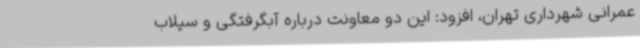
عمرانی شهرداری تهران، افزود: این دو معاونت درباره آبگرفتگی و سیلاب